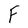
Character: F